Annual report of the Imperial Bacteriological Laboratory, Muktesar
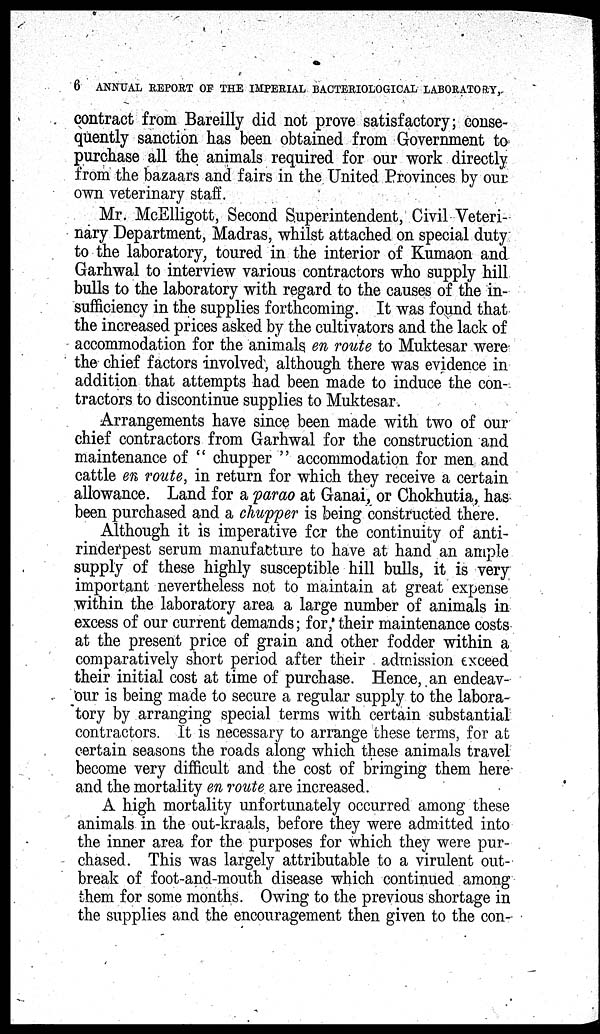
6 ANNUAL REPORT OF THE IMPERIAL BACTERIOLOGICAL LABORATORY,
contract from Bareilly did not prove satisfactory; conse-
quently sanction has been obtained from Government to
purchase all the animals required for our work directly
from the bazaars and fairs in the United Provinces by our
own veterinary staff.
Mr. McElligott, Second Superintendent, Civil Veteri-
nary Department, Madras, whilst attached on special duty
to the laboratory, toured in the interior of Kumaon and
Garhwal to interview various contractors who supply hill
bulls to the laboratory with regard to the causes of the in-
sufficiency in the supplies forthcoming. It was found that
the increased prices asked by the cultivators and the lack of
accommodation for the animals en route to Muktesar were
the chief factors involved, although there was evidence in
addition that attempts had been made to induce the con-
tractors to discontinue supplies to Muktesar.
Arrangements have since been made with two of our
chief contractors from Garhwal for the construction and
maintenance of " chupper " accommodation for men and
cattle en route, in return for which they receive a certain
allowance. Land for a parao at Ganai, or Chokhutia, has
been purchased and a chupper is being constructed there.
Although it is imperative for the continuity of anti-
rinderpest serum manufacture to have at hand an ample
supply of these highly susceptible hill bulls, it is very
important nevertheless not to maintain at great expense
within the laboratory area a large number of animals in
excess of our current demands ; for, their maintenance costs
at the present price of grain and other fodder within a
comparatively short period after their admission exceed
their initial cost at time of purchase. Hence, an endeav-
our is being made to secure a regular supply to the labora-
tory by arranging special terms with certain substantial
contractors. It is necessary to arrange these terms, for at
certain seasons the roads along which these animals travel
become very difficult and the cost of bringing them here
and the mortality en route are increased.
A high mortality unfortunately occurred among these
animals in the out-kraals, before they were admitted into
the inner area for the purposes for which they were pur-
chased. This was largely attributable to a virulent out-
break of foot-and-mouth disease which continued among
them for some months. Owing to the previous shortage in
the supplies and the encouragement then given to the con-